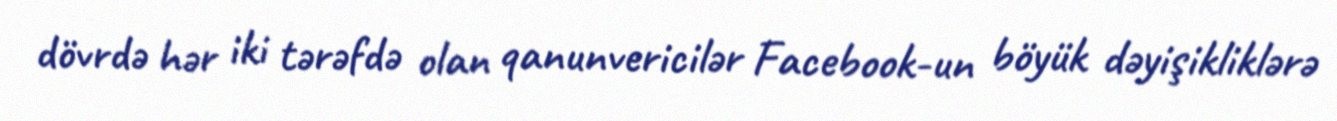
dövrdə hər iki tərəfdə olan qanunvericilər Facebook-un böyük dəyişikliklərə